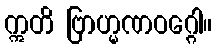
ဣတိ ဗြာဟ္မဏဝဂ္ဂေါ။